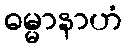
ဓမ္မာနာဟံ